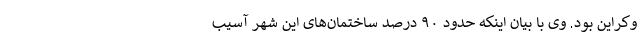
وکراین بود. وی با بیان اینکه حدود ۹۰ درصد ساختمان‌های این شهر آسیب